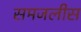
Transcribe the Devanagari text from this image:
समजलीस